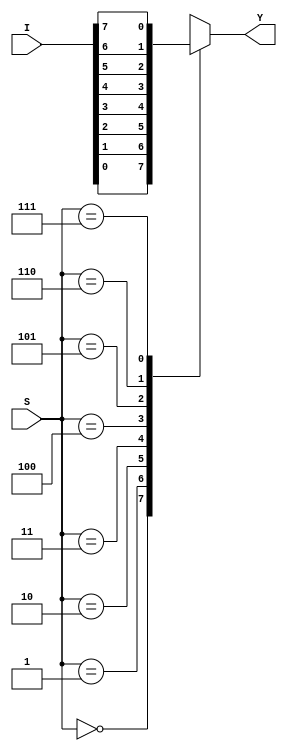
`timescale 1ns / 1ps
//////////////////////////////////////////////////////////////////////////////////
// Company: 
// Engineer: 
// 
// Design Name: 
// Module Name: mux
// Project Name: 
// Target Devices: 
// Tool Versions: 
// Description: 
// 
// Dependencies: 
// 
// Revision:
// Revision 0.01 - File Created
// Additional Comments:
// 
//////////////////////////////////////////////////////////////////////////////////


module mux(
input [7:0] I,
input [2:0] S,
output Y
    );
    reg tmp;
    always @(I, S) begin 
    case (S)
    3'b000:  tmp <= I[0];
    3'b001:  tmp <= I[1];
    3'b010:  tmp <= I[2];
    3'b011:  tmp <= I[3];
    3'b100:  tmp <= I[4];
    3'b101:  tmp <= I[5];
    3'b110:  tmp <= I[6];
    3'b111:  tmp <= I[7];
    default: tmp <= 1'b0;
    endcase
end
    assign Y = tmp;
endmodule